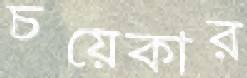
চয়েকার